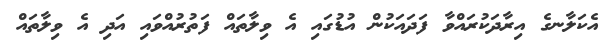
އެކަލާނގެ އިރާދަކުރައްވާ ފަދައަކުން އުުޑުގައި އެ ވިލާތައް ފަތުރުއްވައި އަދި އެ ވިލާތައް